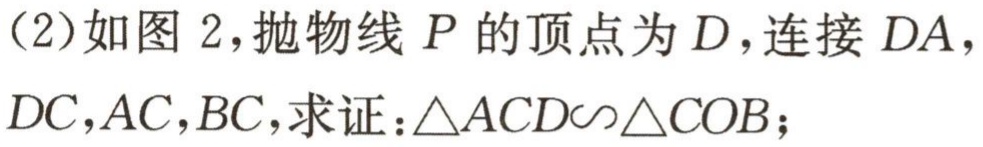
（2）如图 2，抛物线 \(P\) 的顶点为 \(D\)，连接 \(DA\)，\(DC\)，\(AC\)，\(BC\)，求证：\(\triangle ACD\sim\triangle COB\)；